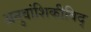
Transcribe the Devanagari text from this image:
अनुवांशिकीविद्